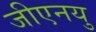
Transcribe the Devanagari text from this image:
जीएनयु